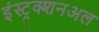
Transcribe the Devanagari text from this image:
इंस्ट्रक्शनअल